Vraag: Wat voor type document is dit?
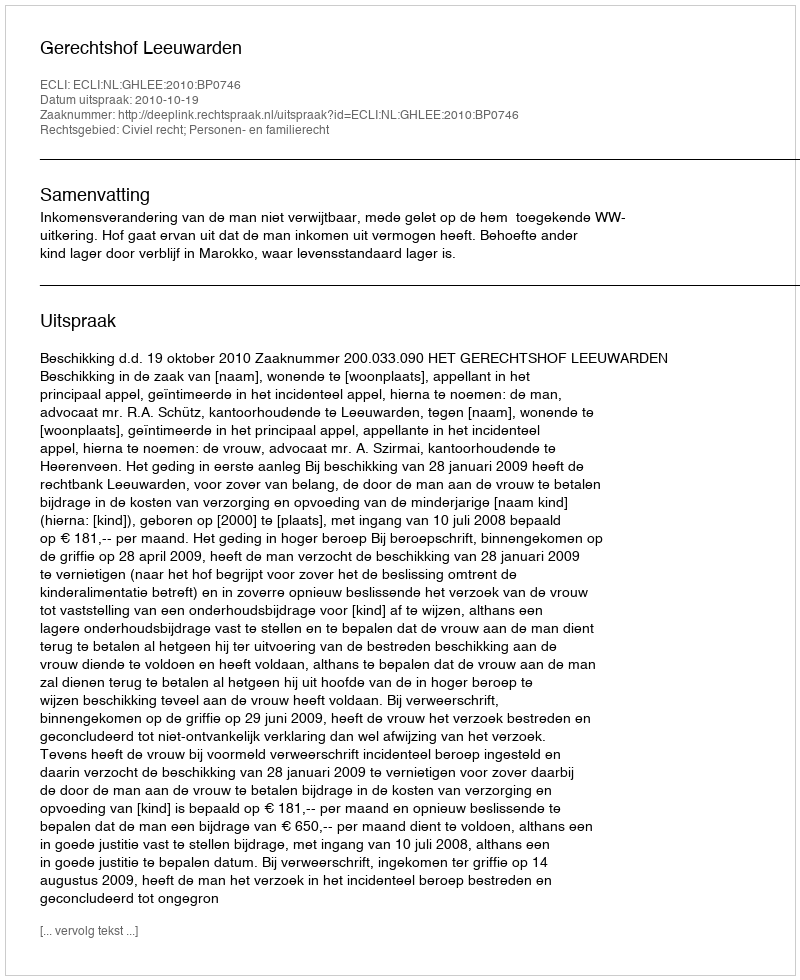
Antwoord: Uitspraak